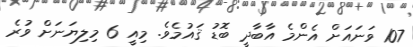
107 ވަނައަށް އެންމެ އާބާދީ ބޮޑު ޤައުމެވެ. މިއީ 6 މިލިޔަނަށް ވުރެ